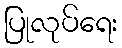
ပြုလုပ်ရေး